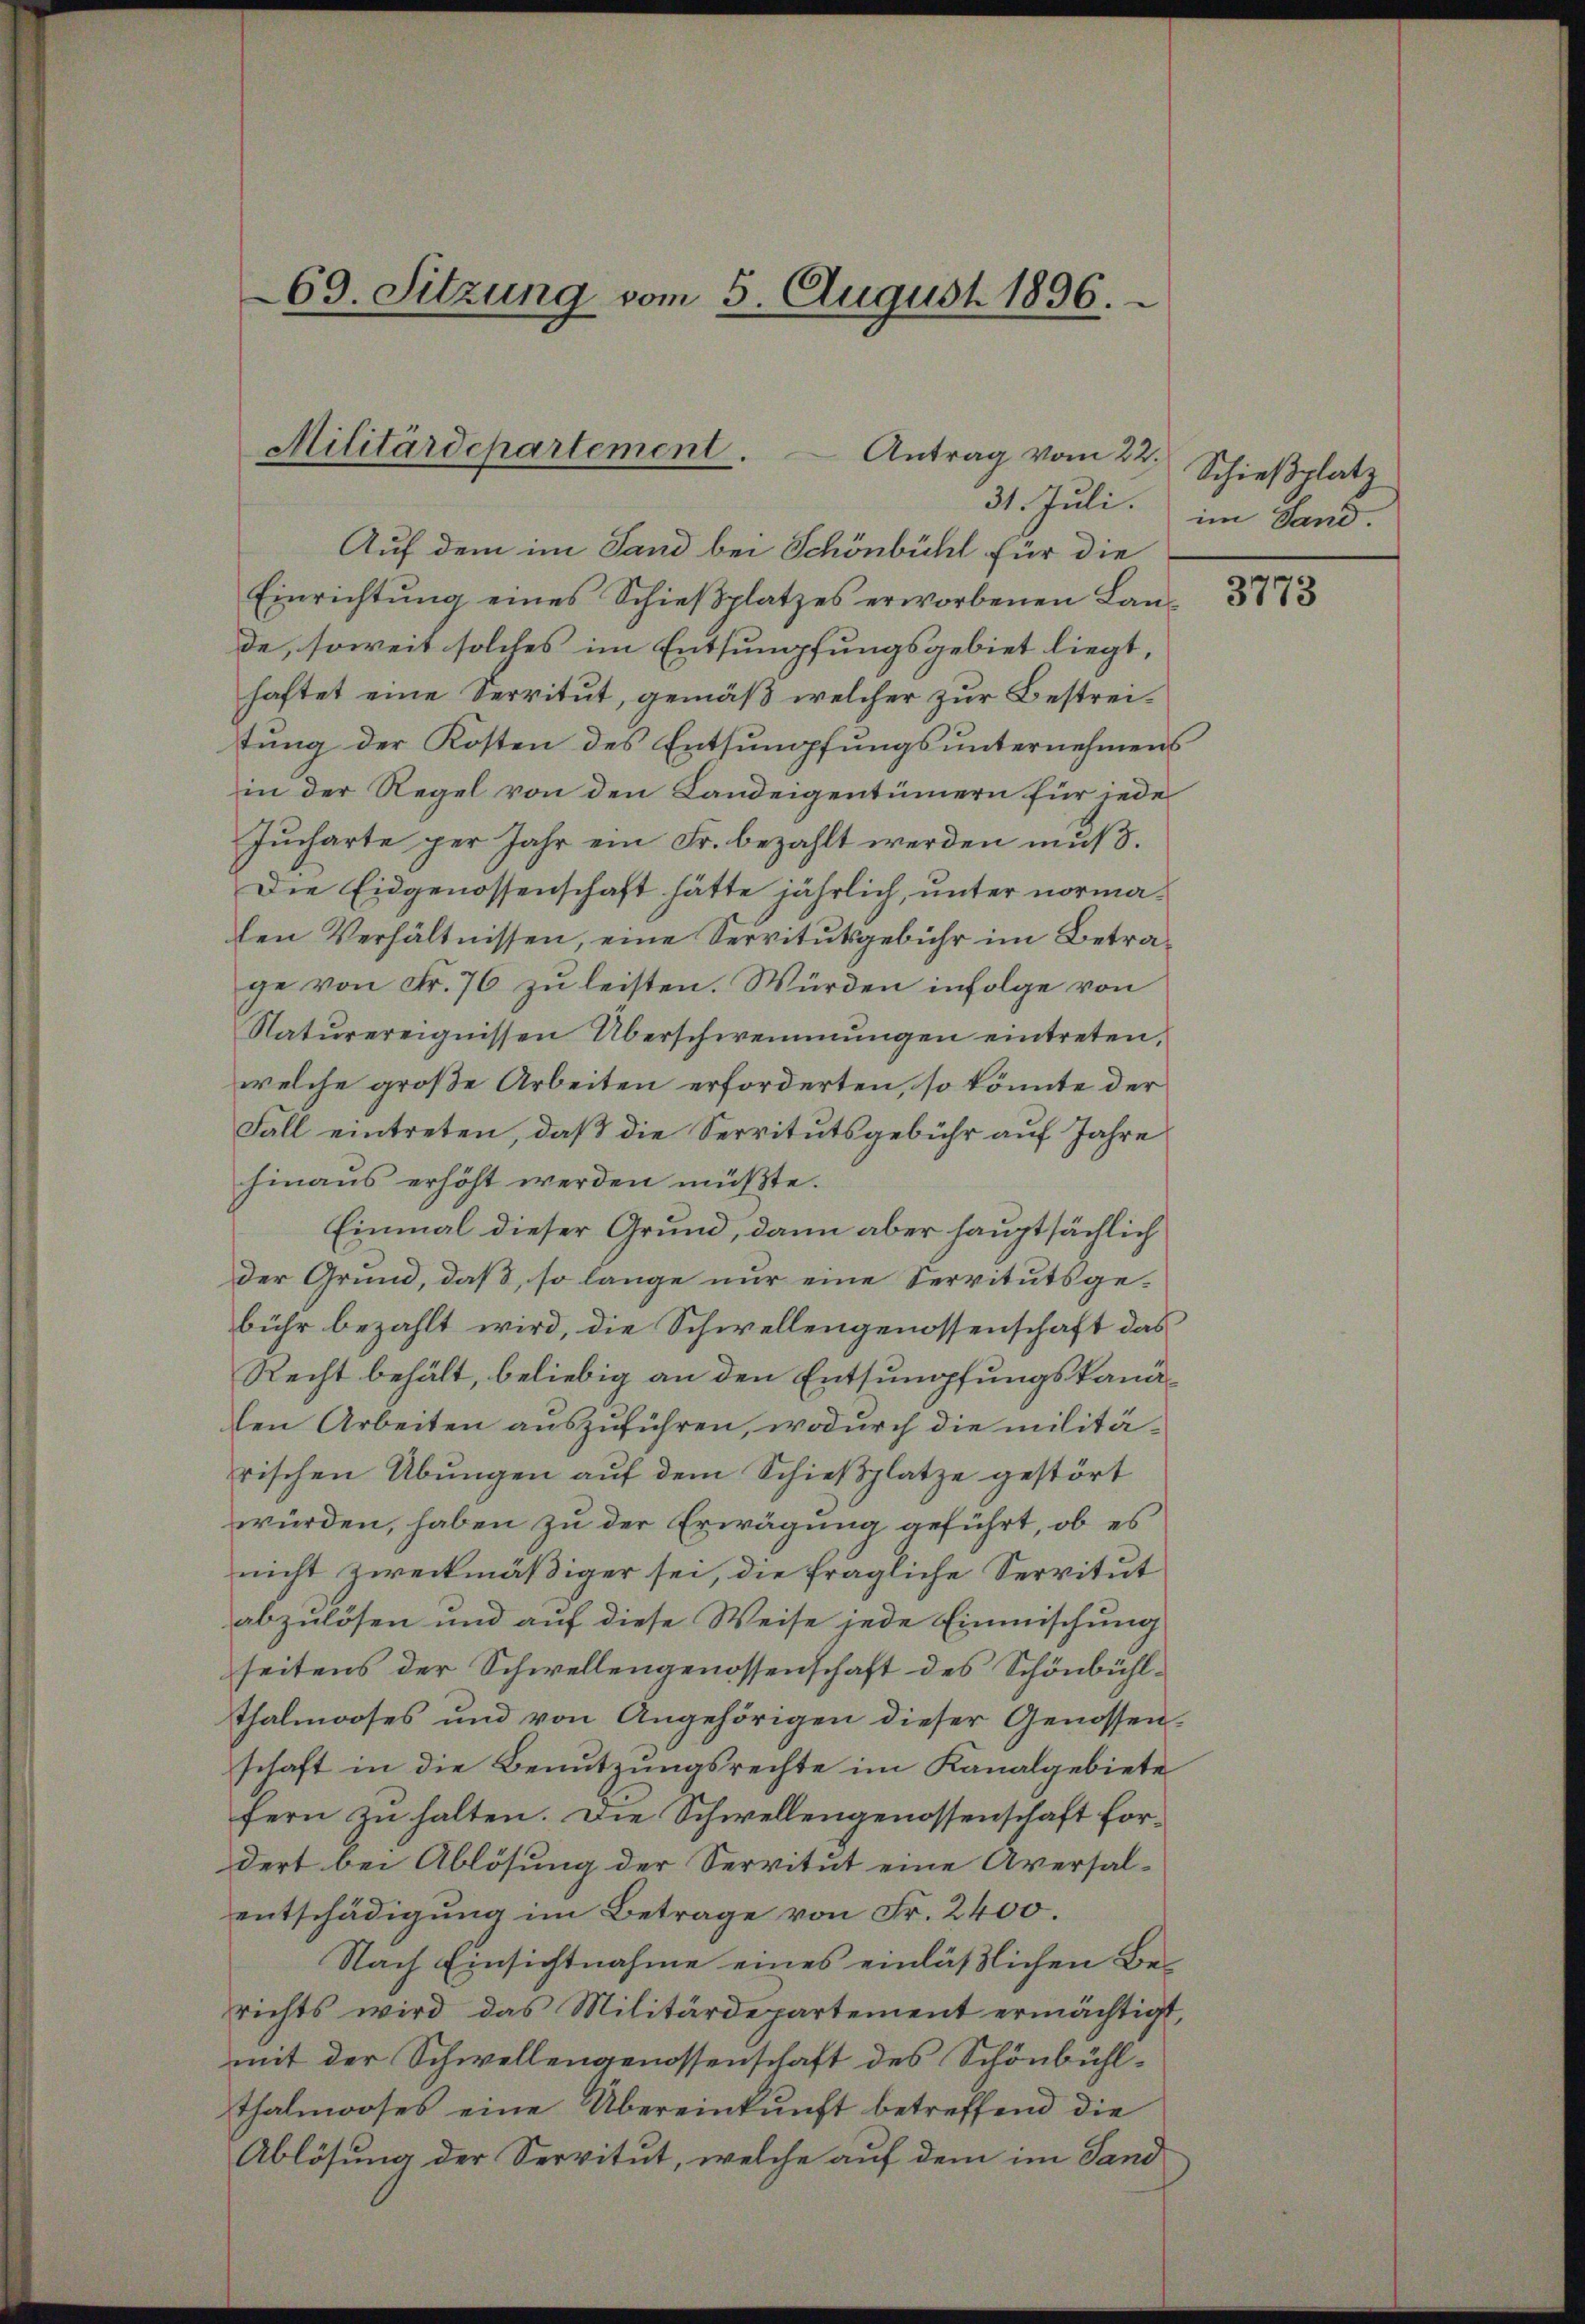
69. Sitzung vom 5. August 1896.

Militärdepartement. Antrag vom 22.
31. Juli.

Auf dem im Sand bei Schönbühl für die
Einrichtŭng eines Schieβplatzes erworbenen Lande, soweit solches im Entsumpfungsgebiet liegt,
haftet eine Servitut, gemäß welcher zur Bestreitung der Kosten des Entsumpfungsunternehmens
in der Regel von den Landeigentümern für jede
Jucharte per Jahr ein Fr. bezahlt werden muß.
Die Eidgenossenschaft hätte jährlich, unter normalen Verhältnissen, eine Servitutsgebühr im Betrage von Fr. 76 zu leisten. Würden infolge von
Naturereignissen Überschwemmungen eintreten,
welche große Arbeiten erforderten, so könnte der
Fall eintreten, daß die Servitutsgebühr auf Jahre
hinaus erhöht werden müßte.
Einmal dieser Grund, dann aber hauptsächlich
der Grund, daß, so lange nur eine Servitutsgebühr bezahlt wird, die Schwellengenossenschaft das
Recht behält, beliebig an den Entsumpfungskanäden Arbeiten auszuführen, wodurch die militärischen Übungen auf dem Schießplatze gestört
würden, haben zu der Erwägung geführt, ob es
nicht zweckmäßiger sei, die fragliche Servitut
abzulösen und auf diese Weise jede Einmischung
seitens der Schwellengenossenschaft des Schönbühl¬
Thalmooses und von Angehörigen dieser Genossenschaft in die Benutzungsrechte im Kanalgebiete
fern zu halten. Die Schwellengenossenschaft fordert bei Ablösung der Servitut eine Aversalentschädigung im Betrage von Fr. 2400.
Nach Einsichtnahme eines einläßlichen Berichts wird das Militärdepartement ermächtigt,
mit der Schwellengenossenschaft des Schönbühlthalmooses eine Übereinkunft betreffend die
Ablösung der Servitut, welche auf dem im Sand

Schießplatz
im Land

3773